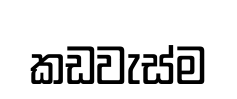
කඩවැස්ම